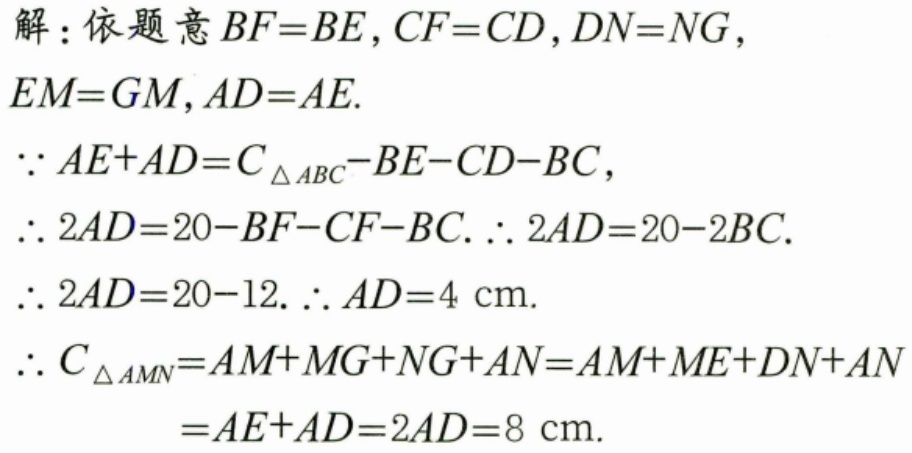
解：依题意\(BF = BE\)，\(CF = CD\)，\(DN = NG\)，
\(EM = GM\)，\(AD = AE\).
\(\because AE + AD = C_{\triangle ABC}-BE - CD - BC\)，
\(\therefore 2AD = 20 - BF - CF - BC\). \(\therefore 2AD = 20 - 2BC\).
\(\therefore 2AD = 20 - 12\). \(\therefore AD = 4\mathrm{cm}\).
\(\therefore C_{\triangle AMN}=AM + MG+NG + AN = AM + ME + DN + AN\)
\(=AE + AD = 2AD = 8\mathrm{cm}\).